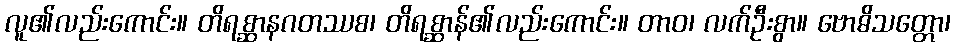
လူ၏လည်းကောင်း။ တိရစ္ဆာနဂတဿစ၊ တိရစ္ဆာန်၏လည်းကောင်း။ တာဝ၊ လက်ဦးစွာ။ ဗောဓိသတ္တော၊